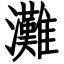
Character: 灘